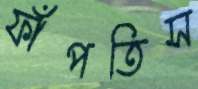
ফাঁপতিস